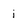
Character: i